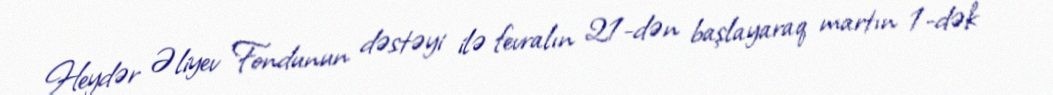
Heydər Əliyev Fondunun dəstəyi ilə fevralın 21-dən başlayaraq martın 1-dək